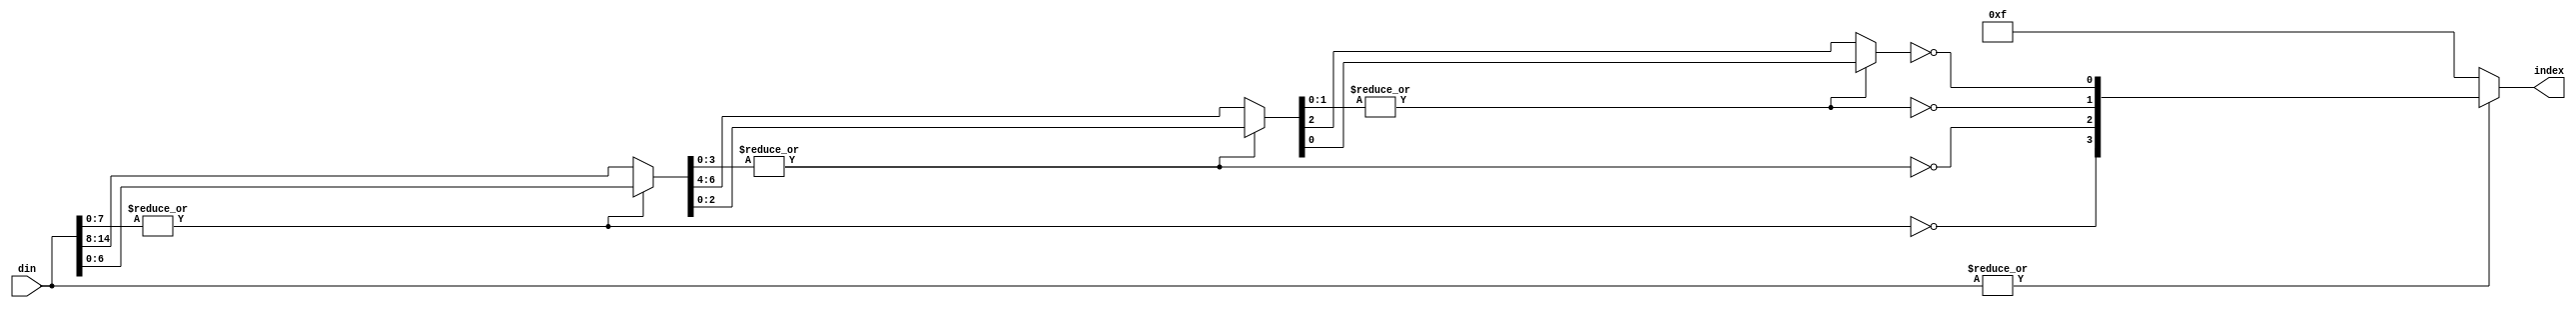
module FindBranch(
        input       [15:0]  din,
        output      [3:0]   index,
  
    );

wire    [7:0]   tmp0;
wire    [3:0]   tmp1;
wire    [1:0]   tmp2;
wire    [3:0]   Index;


assign Index[3] = ~(|din[7:0]);
assign tmp0 = Index[3] ? din[15:8] : din[7:0];

assign Index[2] = ~(|tmp0[3:0]);
assign tmp1 = Index[2] ? tmp0[7:4] : tmp0[3:0];

assign Index[1] = ~(|tmp1[1:0]);
assign tmp2 = Index[1] ? tmp1[3:2] : tmp1[1:0];

assign Index[0] = ~tmp2[0]; 

assign index= (|din[15:0]) ? Index : 4'b1111;
endmodule